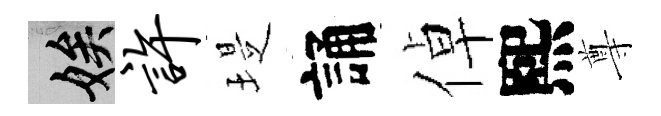
娭许堤誦倬熙尊